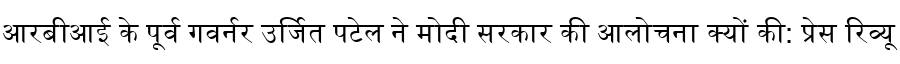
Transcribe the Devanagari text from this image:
आरबीआई के पूर्व गवर्नर उर्जित पटेल ने मोदी सरकार की आलोचना क्यों की: प्रेस रिव्यू